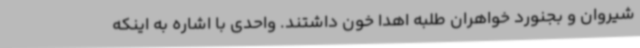
شیروان و بجنورد خواهران طلبه اهدا خون داشتند. واحدی با اشاره به اینکه